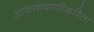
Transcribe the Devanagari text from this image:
आकाशवाणीकरिता